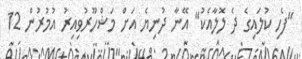
"ފެހި ކުލައިގެ ދެ ލޮލާއެކު" އޭނާ ދުނިޔެ އަށް މަޝްހޫރުވިއިރު އުމުރުން 12